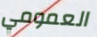
العمومي